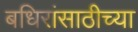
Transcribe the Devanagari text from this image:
बधिरांसाठीच्या